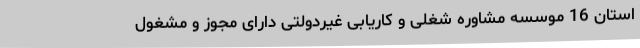
استان 16 موسسه مشاوره شغلی و کاریابی غیردولتی دارای مجوز و مشغول